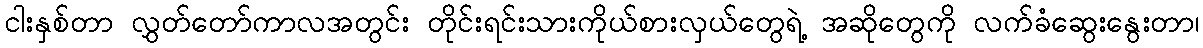
ငါးနှစ်တာ လွှတ်တော်ကာလအတွင်း တိုင်းရင်းသားကိုယ်စားလှယ်တွေရဲ့ အဆိုတွေကို လက်ခံဆွေးနွေးတာ၊